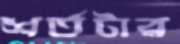
শর্তটার